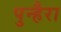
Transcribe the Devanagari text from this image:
पुन्हैरा